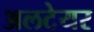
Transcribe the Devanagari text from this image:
अलटेयर